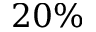
2 0 \%